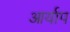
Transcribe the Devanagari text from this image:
आर्याप